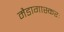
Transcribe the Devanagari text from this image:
मैडागास्करः